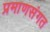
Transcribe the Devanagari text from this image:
प्रमाणसंगत